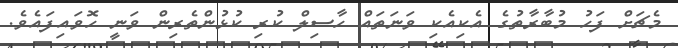
މެޗަށް ފަހު މުބާރާތުގެ އެކިއެކި ވަނަތައް ހާސިލް ކުރި ކުޅުންތެރިން ވަނީ ހޮވައިފައެވެ.